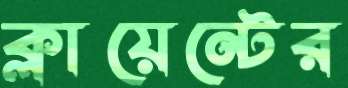
ক্লায়েন্টের